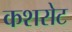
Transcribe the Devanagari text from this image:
कशरोट